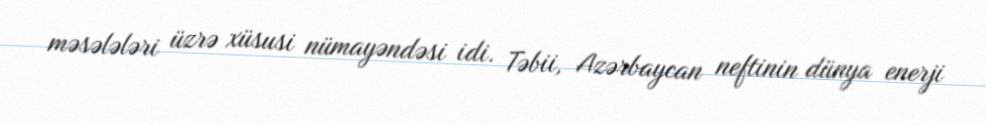
məsələləri üzrə xüsusi nümayəndəsi idi. Təbii, Azərbaycan neftinin dünya enerji